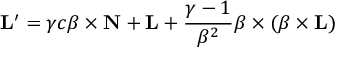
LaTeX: \mathbf { L } ^ { \prime } = \gamma c { \boldsymbol { \beta } } \times \mathbf { N } + \mathbf { L } + { \frac { \gamma - 1 } { \beta ^ { 2 } } } { \boldsymbol { \beta } } \times ( { \boldsymbol { \beta } } \times \mathbf { L } )